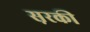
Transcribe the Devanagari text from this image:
स़रकी